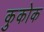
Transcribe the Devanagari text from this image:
कुकोक